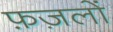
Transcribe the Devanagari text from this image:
फ़ज़लों